Code of medical and sanitary regulations for the guidance of medical officers serving in the Madras Presidency - Volume II
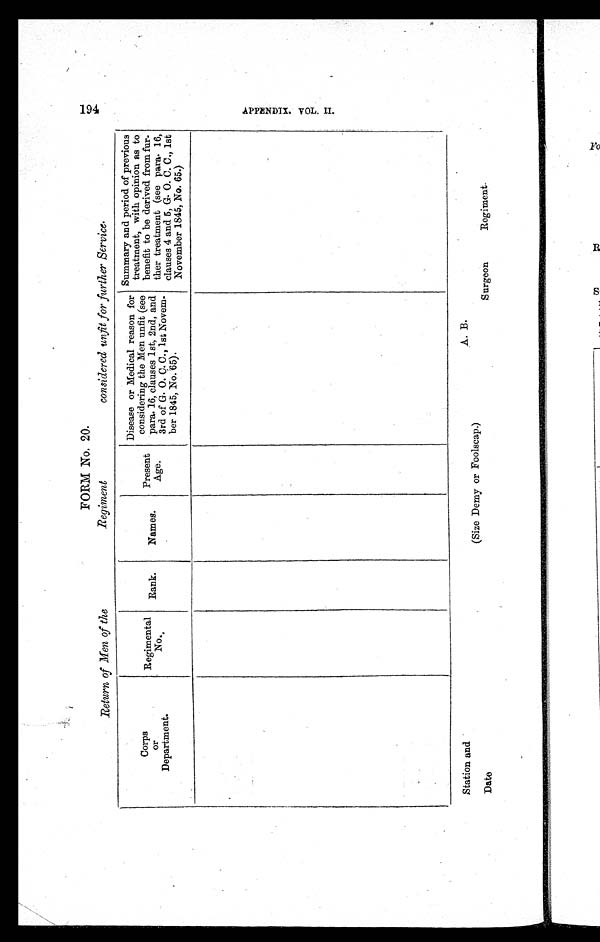
FORM NO. 20.
Return of Men of the Regiment considered unfit for further Service.
Corps
or
Department.
Regimental
No.
Bank.
Names.
Present
Age.
Disease or Medical reason for
considering the Men unfit (see
para. 16, clauses 1st, 2nd, and
3rd of G. O. C. C. 1st Novem-
ber 1845, No. 65).
Summary and period of previous
treatment, with opinion as to
benefit to be derived from fur-
ther treatment (see para. 16,
clauses 4 and 5, G. O. C. C., lst
November 1845, No. 65.)
Station and
A. B.
(Size Demy or Foolscap.)
Date
Surgeon
Regi ment .
194 A P P E N D I X . V O L . I I .